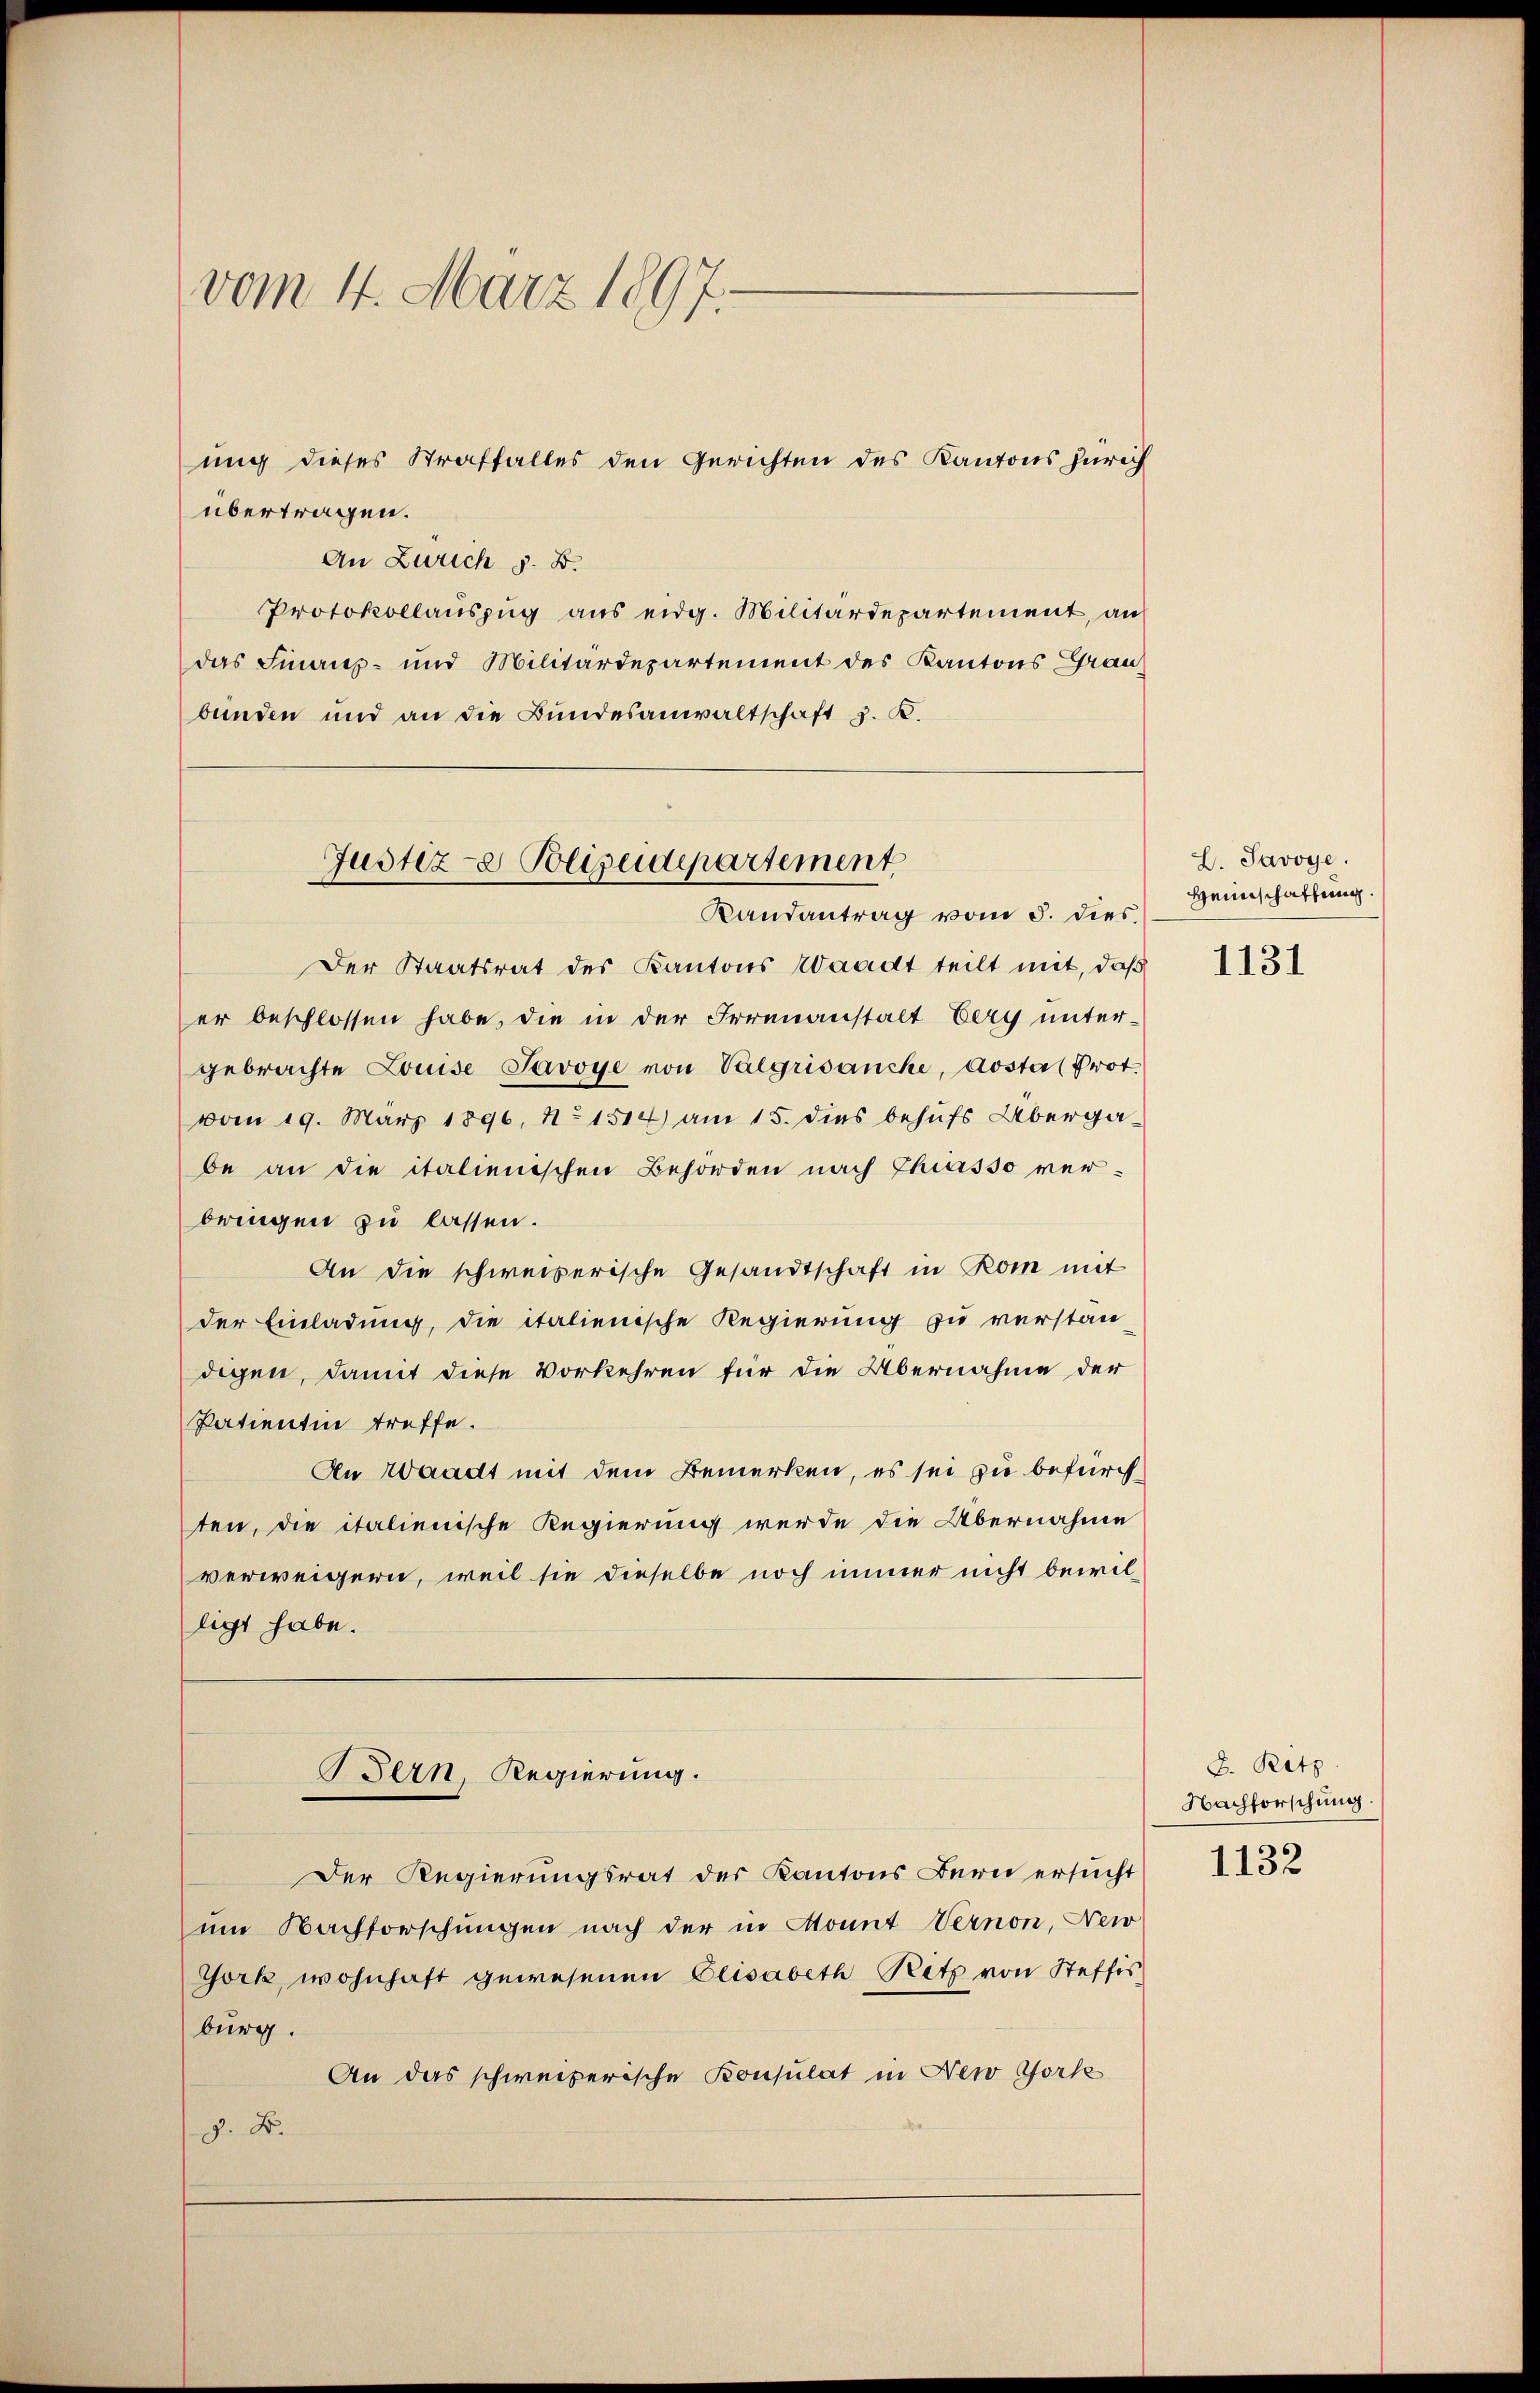
vom 4. März 1897.

übertragen.
An Zürich z. B.
Protokollauszug aus eidg. Militärdepartement, an
das Finanz- und Militärdepartement des Kantons Grau
bunden und an die Bundesanwaltschaft z. K.

ung dieses Straffalles den Gerichten des Kantons Zürich

Justiz- & Polizeidepartement
Randantrag vom 8. dies

Der Staatsrat des Kantons Waadt teilt mit, daß
er beschlossen habe, die in der Irrenanstalt berg untergebrachte Luise Savoye von Valgrisanche, Aostal Prot.
vom 19. März 1896, No 1514) am 15. dies behufs Übergabe an die italienischen Behörden nach Chiasso ver-
bringen zu lassen.
An die schweizerische Gesandtschaft in Rom mit
der Einladung, die italienische Regierung zu verstan-
digen, damit diese Vorkehren für die Übernahme der
Patientin treffe.
An Waadt mit dem Bemerken, es sei zu befürchten, die italienische Regierung werde die Übernahme
verweigern, weil sie dieselbe noch immer nicht bewilligt habe.
Bern, Regierung.
Der Regierungsrat des Kantons Bern ersucht
um Nachforschungen nach der in Monnt Vernon, New
York, wohnhaft gewesenen Elisabeth Retz von Steffis
burg.
An das schweizerische Konsulat in New York
J. F.

L. Savoye.
Heinschaffung.

1131

B. Ritz
Nachforschung.

1132